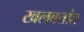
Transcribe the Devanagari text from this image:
खलबतांत